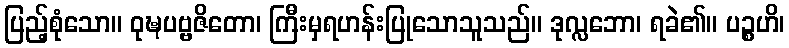
ပြည့်စုံသော။ ဝုဍ္ဎပဗ္ဗဇိတော၊ ကြီးမှရဟန်းပြုသောသူသည်။ ဒုလ္လဘော၊ ရခဲ၏။ ပဉ္စဟိ၊